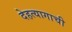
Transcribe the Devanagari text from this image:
देहत्यागाची